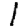
Digit: 1